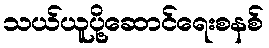
သယ်ယူပို့ဆောင်ရေးစနစ်